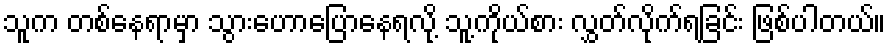
သူက တစ်နေရာမှာ သွားဟောပြောနေရလို့ သူ့ကိုယ်စား လွှတ်လိုက်ရခြင်း ဖြစ်ပါတယ်။